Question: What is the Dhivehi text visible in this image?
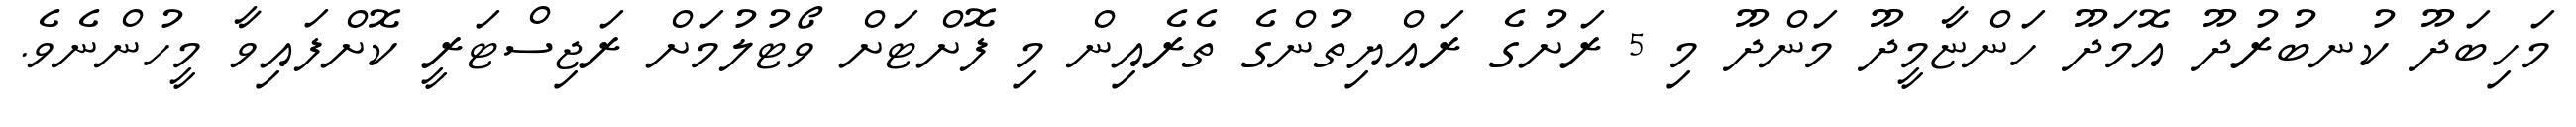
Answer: މަހިބަދޫ ކުނބުރުދޫ އޮމަދޫ ހަންޏާމީދޫ މަންދޫ މި 5 ރަށުގެ ރައްޔިތުންގެ ތެރެއިން މި ފޮށްޓަށް ވޯޓުލުމަށް ރަޖިސްޓަރީ ކޮށްފައިވާ މީހުންނެވެ.